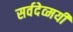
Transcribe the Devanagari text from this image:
सर्वदेव्मयी